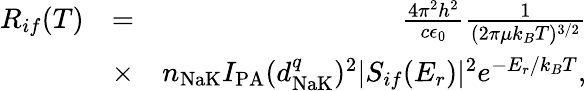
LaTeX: \begin{array}{rlr}{R_{if}(T)}&{=}&{\frac{4\pi^{2}h^{2}}{c\epsilon_{0}}\frac{1}{(2\pi\mu k_{B}T)^{3/2}}}\\ &{\times}&{n_{\textrm{NaK}}I_{\textrm{PA}}(d_{\textrm{NaK}}^{q})^{2}|S_{if}(E_{r})|^{2}e^{-E_{r}/k_{B}T},}\end{array}